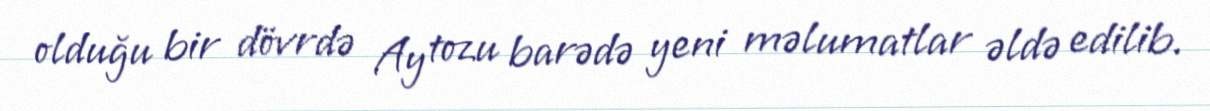
olduğu bir dövrdə Ay tozu barədə yeni məlumatlar əldə edilib.